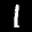
Label: 1